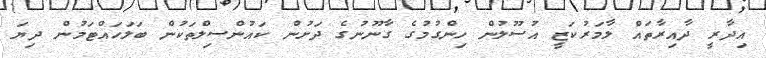
އިދާރީ ދާއިރާތައް ލާމަރުކަޒީ އުސޫލުން ހިންގުމުގެ ގާނޫނުގެ ދަށުން ކައުންސިލްތަކުން ބަލަހައްޓަމުން ދިޔަ